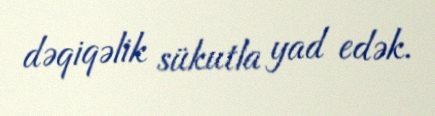
dəqiqəlik sükutla yad edək.